Leaving Certificate Examination, 1924
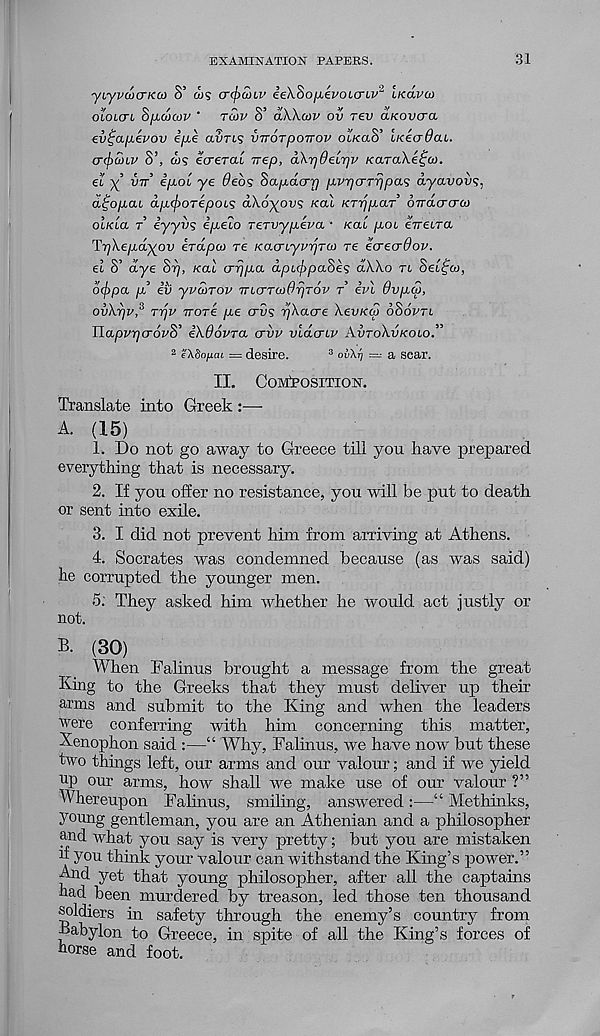
EXAMINATION PAPERS.
31
■yiyvcocrKCt) S’ w? cr(f>a)Lv eeXSofievoicnv 2 LKavco
ololctl S/i&jojp ’ tcop S’ aWcov ov rev dfcovcra
ev^afievov i/xe aSrts viroTpoTrov ot/caS’ ucecr^at.
cr(f)CtHV S’, &>5 ecrerat irep, a\r]0eir]v /caraX.e£a).
et
vtt’ ipob ye 6eb<; Sap-dcrr) pvpcrT'ijpa's dyavovs,
dfo/xat dp.<f)OTepoL<; aXo^ous /cal KTajpar oTracrcrco
oIkiol t eyyvs ipeio TeTvypeva • kclI p-ou eVetra
Tr]\ep.d^ov erdpai re KacnyvrjTai re ecrecrOov.
ei S’ dye Si), kcll crrjpa dpuftpaSes dWo tl Seifto,
6<f>pa p iv yvdrov TncrTutOrjTov t ivl 9vp,cp,
ovkpv? TTjV Ttore pe crus -rjXacre XevKco oSovtl
Tlo*pvr]c^6v8 , iXdovra crvv vidcnv AvtoXvkolo.”
2 i'XSofiaL = desire.
3 oiX^ = a scar.
II. Composition.
Translate into Greek :—
A. (15)
1. Do not go away to Greece till you have prepared
everything that is necessary.
2. If you offer no resistance, you will be put to death
or sent into exile.
3. I did not prevent him from arriving at Athens.
4. Socrates was condemned because (as was said)
he corrupted the younger men.
5. They asked him whether he would act justly or
not.
B. (30)
When Falinus brought a message from the great
King to the Greeks that they must deliver up their
arms and submit to the King and when the leaders
were conferring with him concerning this matter,
Xenophon said :—“ Why, Falinus, we have now but these
two things left, our arms and our valour; and if we yield
op our arms, how shall we make use of our valour ?”
Whereupon Falinus, smiling, answered :—“ Methinks,
young gentleman, you are an Athenian and a philosopher
and what you say is very pretty; but you are mistaken
if you think your valour can withstand the King’s power.”
And yet that young philosopher, after all the captains
had been murdered by treason, led those ten thousand
soldiers in safety through the enemy’s country from
Babylon to Greece, in spite of all the King’s forces of
horse and foot.